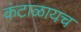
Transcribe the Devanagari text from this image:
कंटाळायच